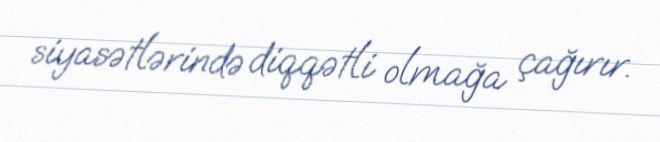
siyasətlərində diqqətli olmağa çağırır.